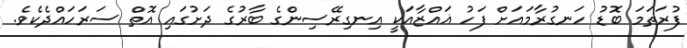
ފުރަތަމަ ބޮޑު ހަނގުރާމައަށް ފަހު ޣައްޒާއަކީ އިނގިރޭސިންގެ ބާރުގެ ދަށުގައި އޮތް ސަރަހައްދެކެވެ.